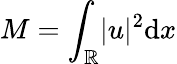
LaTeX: M=\int_{\mathbb{R}}\lvert u\rvert^{2}\mathrm{d}x